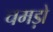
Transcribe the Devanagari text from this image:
चमड़ो